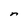
Character: n